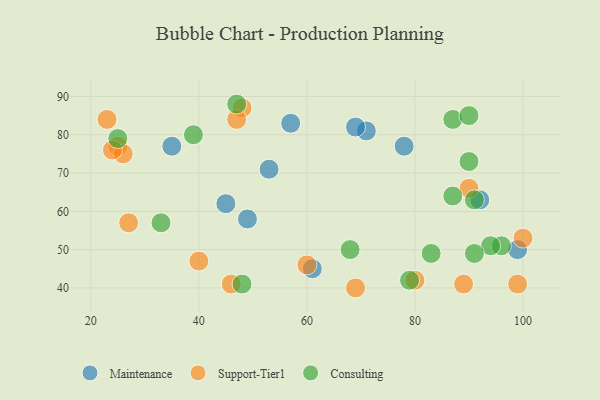
{"axis": {"x": "GDP", "y": "Life Expectancy"}, "legend": ["Consulting", "Maintenance", "Support-Tier1"], "data": [{"x": "71", "y": 81, "type": "Maintenance"}, {"x": "61", "y": 45, "type": "Maintenance"}, {"x": "78", "y": 77, "type": "Maintenance"}, {"x": "53", "y": 71, "type": "Maintenance"}, {"x": "35", "y": 77, "type": "Maintenance"}, {"x": "45", "y": 62, "type": "Maintenance"}, {"x": "49", "y": 58, "type": "Maintenance"}, {"x": "57", "y": 83, "type": "Maintenance"}, {"x": "92", "y": 63, "type": "Maintenance"}, {"x": "69", "y": 82, "type": "Maintenance"}, {"x": "99", "y": 50, "type": "Maintenance"}, {"x": "25", "y": 77, "type": "Support-Tier1"}, {"x": "23", "y": 84, "type": "Support-Tier1"}, {"x": "26", "y": 75, "type": "Support-Tier1"}, {"x": "46", "y": 41, "type": "Support-Tier1"}, {"x": "99", "y": 41, "type": "Support-Tier1"}, {"x": "90", "y": 66, "type": "Support-Tier1"}, {"x": "100", "y": 53, "type": "Support-Tier1"}, {"x": "89", "y": 41, "type": "Support-Tier1"}, {"x": "48", "y": 87, "type": "Support-Tier1"}, {"x": "24", "y": 76, "type": "Support-Tier1"}, {"x": "69", "y": 40, "type": "Support-Tier1"}, {"x": "80", "y": 42, "type": "Support-Tier1"}, {"x": "47", "y": 84, "type": "Support-Tier1"}, {"x": "60", "y": 46, "type": "Support-Tier1"}, {"x": "40", "y": 47, "type": "Support-Tier1"}, {"x": "27", "y": 57, "type": "Support-Tier1"}, {"x": "79", "y": 42, "type": "Consulting"}, {"x": "48", "y": 41, "type": "Consulting"}, {"x": "25", "y": 79, "type": "Consulting"}, {"x": "87", "y": 84, "type": "Consulting"}, {"x": "96", "y": 51, "type": "Consulting"}, {"x": "68", "y": 50, "type": "Consulting"}, {"x": "94", "y": 51, "type": "Consulting"}, {"x": "47", "y": 88, "type": "Consulting"}, {"x": "83", "y": 49, "type": "Consulting"}, {"x": "91", "y": 63, "type": "Consulting"}, {"x": "39", "y": 80, "type": "Consulting"}, {"x": "91", "y": 49, "type": "Consulting"}, {"x": "90", "y": 73, "type": "Consulting"}, {"x": "90", "y": 85, "type": "Consulting"}, {"x": "87", "y": 64, "type": "Consulting"}, {"x": "33", "y": 57, "type": "Consulting"}]}